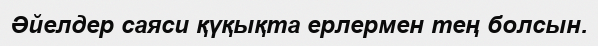
Әйелдер саяси қүқықта ерлермен тең болсын.